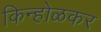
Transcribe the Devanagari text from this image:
किन्होळकर